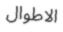
الاطوال